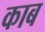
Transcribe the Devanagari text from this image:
काब